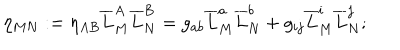
LaTeX: \eta _ { M N } : = \eta _ { A B } \overline { { { L } } } _ { M } ^ { A } \overline { { { L } } } _ { N } ^ { B } = g _ { a b } \overline { { { L } } } _ { M } ^ { a } \overline { { { L } } } _ { N } ^ { b } + g _ { i j } \overline { { { L } } } _ { M } ^ { i } \overline { { { L } } } _ { N } ^ { j } ;